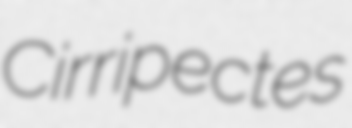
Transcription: Cirripectes